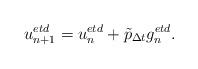
LaTeX: \begin{align*}u_{n+1}^{etd}= u_{n}^{etd} + \tilde{p}_{\Delta t}g_n^{etd}.\end{align*}